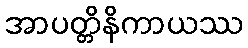
အာပတ္တိနိကာယဿ